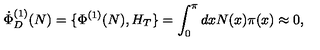
\dot { \Phi } _ { D } ^ { ( 1 ) } ( N ) = \{ \Phi ^ { ( 1 ) } ( N ) , H _ { T } \} = \int _ { 0 } ^ { \pi } d x N ( x ) \pi ( x ) \approx 0 ,